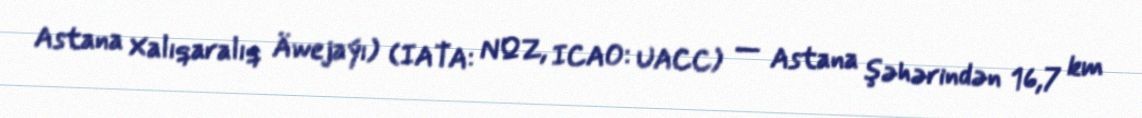
Astana Xalıqaralıq Äwejaýı) (IATA: NQZ, ICAO: UACC) — Astana şəhərindən 16,7 km